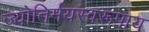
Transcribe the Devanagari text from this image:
ज्योतिर्मयस्वरूपाय